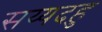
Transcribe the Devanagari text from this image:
सय्यदहु